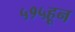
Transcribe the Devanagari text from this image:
५१५हून